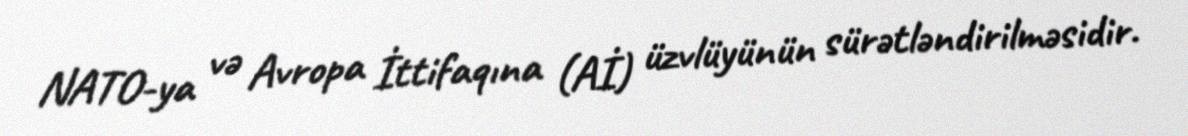
NATO-ya və Avropa İttifaqına (Aİ) üzvlüyünün sürətləndirilməsidir.